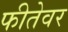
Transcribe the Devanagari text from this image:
फीतेवर